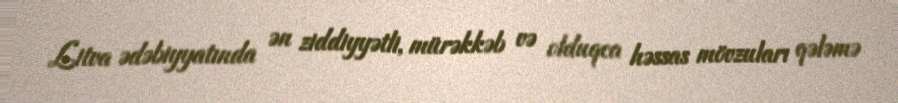
Litva ədəbiyyatında ən ziddiyyətli, mürəkkəb və olduqca həssas mövzuları qələmə